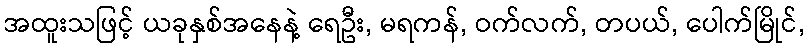
အထူးသဖြင့် ယခုနှစ်အနေနဲ့ ရေဦး, မရကန်, ဝက်လက်, တပယ်, ပေါက်မြိုင်,